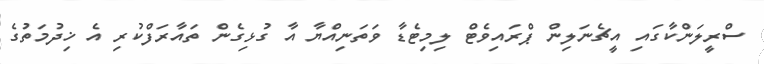
ސްރީލަންކާގައި އީޗެނަލިން ޕްރައިވެޓް ލިމިޓެޑާ ވަތަނިއްޔާ އާ ގުޅިގެން ތައާރަފްކުރި އެ ޚިދުމަތުގެ